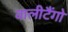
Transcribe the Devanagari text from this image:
वालीटैंगो